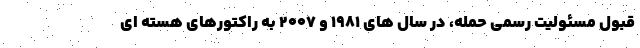
قبول مسئولیت رسمی حمله، در سال های 1981 و 2007 به راکتورهای هسته ای